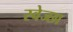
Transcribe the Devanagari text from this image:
स्वेज्छा